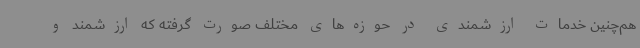
هم‌چنین خدمات ارزشمندی در حوزه‌های مختلف صورت گرفته که ارزشمند و